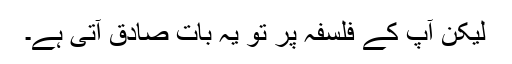
لیکن آپ کے فلسفہ پر تو یہ بات صادق آتی ہے۔